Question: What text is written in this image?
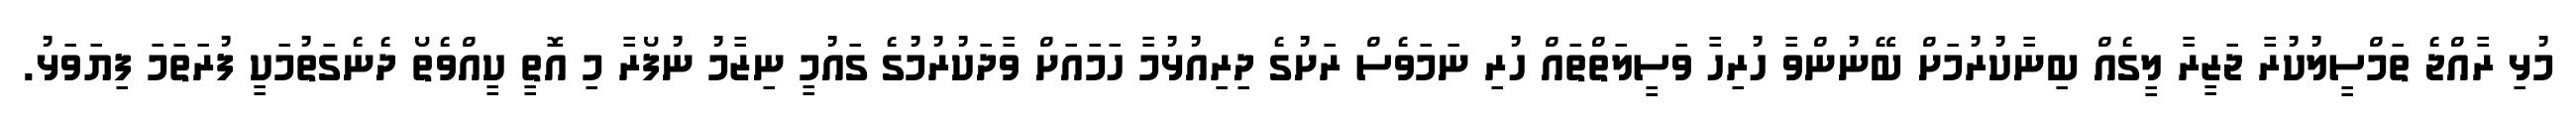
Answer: މުޅި ރާއްޖެ ތަމްސީލުކުރާ ޖަޒީރާ ލީގެއް ބިނާކުރުމަށް ބޭނުންވާ ހުރިހާ ވަސީލަތްތައް ހުރި ނަމަވެސް ރަށުގެ ދިރިއުޅުމާ ހަމައަށް ވާދަކުރުމުގެ ގައުމީ ނިޒާމު ނުފޯރާ މި އޮތީ ކީއްވެތޯ ދެނެގަތުމަކީ ފުރަތަމަ ފިޔަވަޅު.